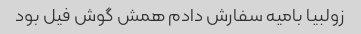
زولبیا بامیه سفارش دادم همش گوش فیل بود